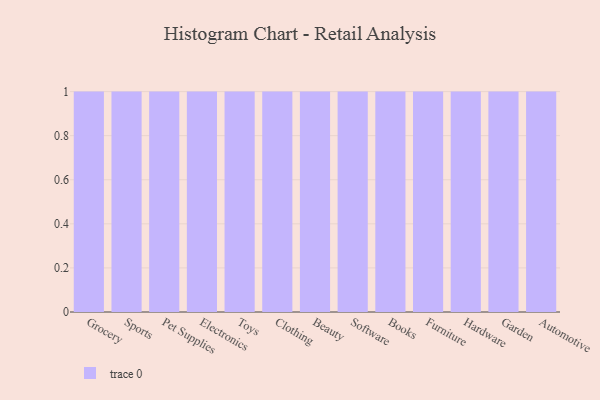
{"axis": {"x": "Category", "y": "Satisfaction Score"}, "legend": [""], "data": [{"x": "Grocery", "y": 23, "type": ""}, {"x": "Sports", "y": 31, "type": ""}, {"x": "Pet Supplies", "y": 8, "type": ""}, {"x": "Electronics", "y": 60, "type": ""}, {"x": "Toys", "y": 54, "type": ""}, {"x": "Clothing", "y": 80, "type": ""}, {"x": "Beauty", "y": 32, "type": ""}, {"x": "Software", "y": 79, "type": ""}, {"x": "Books", "y": 29, "type": ""}, {"x": "Furniture", "y": 66, "type": ""}, {"x": "Hardware", "y": 65, "type": ""}, {"x": "Garden", "y": 71, "type": ""}, {"x": "Automotive", "y": 82, "type": ""}]}